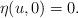
LaTeX: \begin{align*} \eta(u,0)=0. \end{align*}